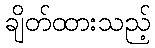
ချိတ်ထားသည့်